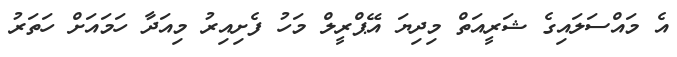
އެ މައްސަލައިގެ ޝަރީއަތް މިދިޔަ އޭޕްރީލް މަހު ފެށިއިރު މިއަދާ ހަމައަށް ހަތަރު